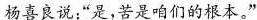
杨喜良说:“是，苦是咱们的根本。”